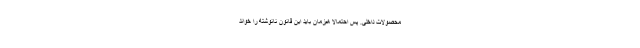
محصولات داخلی. پس احتمالا هم‌زمان باید این قانون نانوشته را خواند